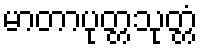
မာတာပုတ္တသုတ္တံ